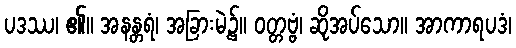
ပဒဿ၊ ၏။ အနန္တရံ၊ အခြားမဲ့၌။ ဝတ္တဗ္ဗံ၊ ဆိုအပ်သော။ အာကာရပဒံ၊